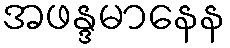
အဖန္ဒမာနေန